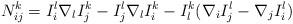
LaTeX: \begin{align*}N_{ij}^k=I_i^l\nabla _lI_j^k-I_j^l\nabla _lI_i^k-I_l^k(\nabla _iI_j^l-\nabla_jI_i^l) \end{align*}